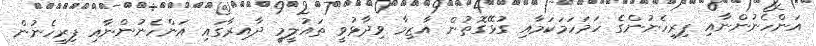
އަންހެނުންނާއި ފިރިހެނުންގެ ހަމަހަމަކަމާއި ގުޅޭގޮތުން އާޒިމާ ވިދާޅުވީ ތައުލީމީ ދާއިރާގައި އަންހެނުންނާއި ފިރިހެނުން